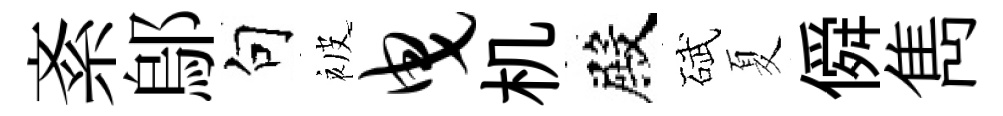
紊鄔句被曳机殿碔夏僢雋